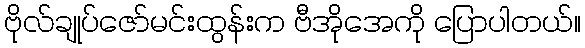
ဗိုလ်ချုပ်ဇော်မင်းထွန်းက ဗီအိုအေကို ပြောပါတယ်။